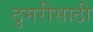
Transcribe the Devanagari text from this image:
ठुमरीसाठी